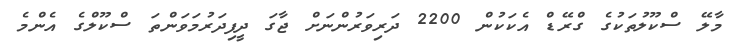
މާލޭ ސްކޫލުތަކުގެ ގްރޭޑް އެކަކުން 2200 ދަރިވަރުންނަށް ޖާގަ ދީފިދަރުމަވަންތަ ސްކޫލްގެ އެންމެ